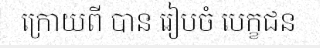
ក្រោយពី បាន រៀបចំ បេក្ខជន